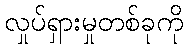
လှုပ်ရှားမှုတစ်ခုကို